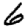
Digit: 6